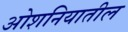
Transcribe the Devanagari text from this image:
ओशनियातील